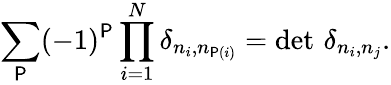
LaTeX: \sum_{\mathsf{P}}(-1)^{\mathsf{P}}\prod_{i=1}^{N}\delta_{n_{i},n_{\mathsf{P}(i)}}=\operatorname*{det}\, \delta_{n_{i},n_{j}}.